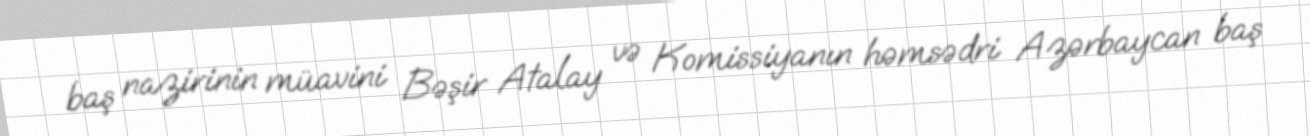
baş nazirinin müavini Bəşir Atalay və Komissiyanın həmsədri Azərbaycan baş